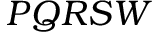
P Q R S W